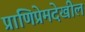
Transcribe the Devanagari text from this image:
प्राणिप्रेमदेखील